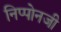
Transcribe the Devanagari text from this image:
निप्पोनजी